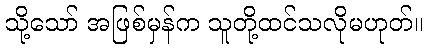
သို့သော် အဖြစ်မှန်က သူတို့ထင်သလိုမဟုတ်။